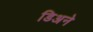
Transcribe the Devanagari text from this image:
डिअने